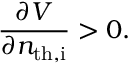
\frac { \partial V } { \partial n _ { \mathrm { t h , i } } } > 0 .